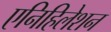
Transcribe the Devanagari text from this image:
एनिहिलेशन